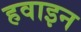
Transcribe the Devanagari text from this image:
हवाइन